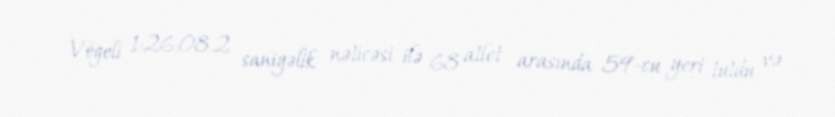
Vögeli 1:26:08.2 saniyəlik nəticəsi ilə 68 atlet arasında 59-cu yeri tutdu və